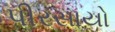
પીરસાયો